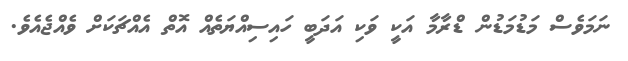
ނަމަވެސް މަޑުމަޑުން ޑްރާމާ އަކީ ވަކި އަދަބީ ހައިސިއްޔަތެއް އޮތް އެއްޗަކަށް ވެއްޖެއެވެ.